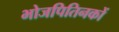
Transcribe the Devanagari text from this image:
भोजपितिनकों